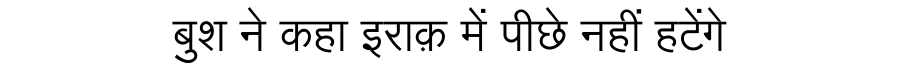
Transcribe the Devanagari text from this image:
बुश ने कहा इराक़ में पीछे नहीं हटेंगे